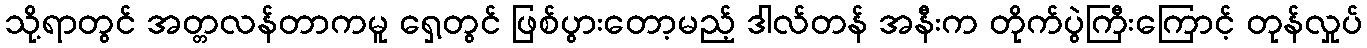
သို့ရာတွင် အတ္တလန်တာကမူ ရှေ့တွင် ဖြစ်ပွားတော့မည့် ဒါလ်တန် အနီးက တိုက်ပွဲကြီးကြောင့် တုန်လှုပ်